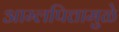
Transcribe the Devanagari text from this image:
आम्लपित्तामुळे